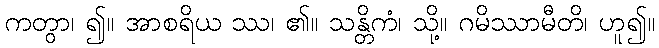
ကတွာ၊ ၍။ အာစရိယ ဿ၊ ၏။ သန္တိကံ၊ သို့။ ဂမိဿာမီတိ၊ ဟူ၍။